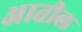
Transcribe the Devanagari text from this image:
अातील